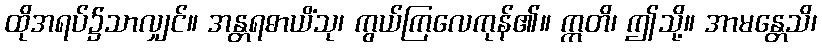
ထိုအရပ်၌သာလျှင်။ အန္တရဓာယိံသု၊ ကွယ်ကြလေကုန်၏။ ဣတိ၊ ဤသို့။ အာမန္တေသိ၊